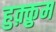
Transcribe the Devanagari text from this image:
हुक़्क़ुम